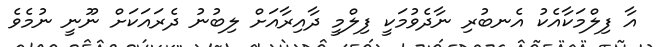
އާ ފިލްމަކާއެކު އެނބުރި ނާދެވުމަކީ ފިލްމީ ދާއިރާއަށް ލިބުނު ދެރައަކަށް ނޫނީ ނުމެވެ